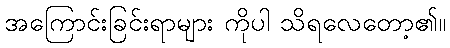
အကြောင်းခြင်းရာများ ကိုပါ သိရလေတော့၏။